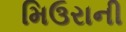
મિઉરાની